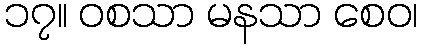
၁၇။ ဝစသာ မနသာ စေဝ၊